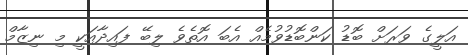
އަލީގެ ވަރަށް ބޮޑު ކަންބޮޑުވުމެއް އެބަ އޮތެވެ ލިބޭ ފައިދާއަކީ މި ނިޒާމް